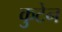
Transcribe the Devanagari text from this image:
कुटेन